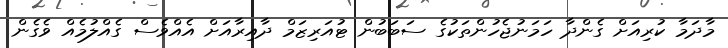
މާދަމާ ކުރިއަށް ގެންދާ ހަމަނުޖެހުންތަކުގެ ސަބަބުން ޓުއަރިޒަމް ދާއިރާއަށް އެއްވެސް ގެއްލުމެއް ވެގެން